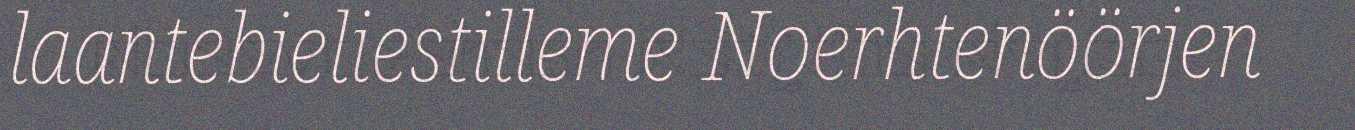
laantebieliestilleme Noerhtenöörjen